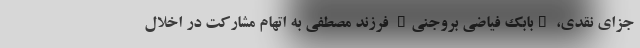
جزای نقدی، "بابک فیاضی بروجنی" فرزند مصطفی به اتهام مشارکت در اخلال